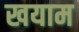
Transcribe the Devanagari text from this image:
खयाम